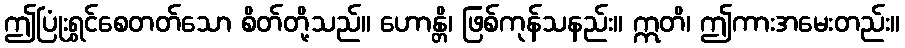
ဤပြုံးရွှင်စေတတ်သော စိတ်တို့သည်။ ဟောန္တိ၊ ဖြစ်ကုန်သနည်း။ ဣတိ၊ ဤကားအမေးတည်း။